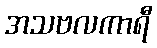
အသဗလကာရီ